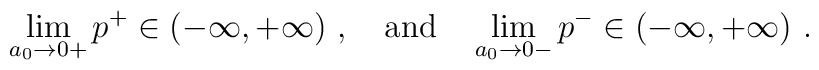
\lim_{a_0\to0+}p^+\in(-\infty,+\infty)~, \quad\hbox{and}\quad     \lim_{a_0\to0-}p^-\in(-\infty,+\infty)~.